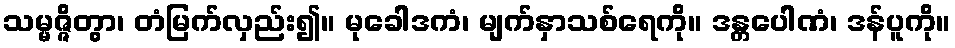
သမ္မဇ္ဇိတွာ၊ တံမြက်လှည်း၍။ မုခေါဒကံ၊ မျက်နှာသစ်ရေကို။ ဒန္တပေါဏံ၊ ဒန်ပူကို။